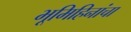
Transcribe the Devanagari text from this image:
भूमिहिनांचा